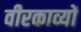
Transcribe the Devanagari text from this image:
वीरकाव्यों